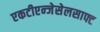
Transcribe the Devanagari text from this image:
एकटीएन्जेसेलसाफ्ट